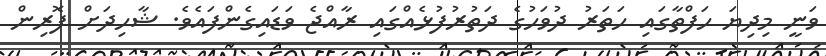
ވަނީ މިދިޔަ ހަފްތާގައި ހަތަރު ދުވަހުގެ ދަތުރުފުޅެއްގައި ރާއްޖެ ވަޑައިގެންފައެވެ. ޝާހިދަށް ފޮރިން